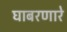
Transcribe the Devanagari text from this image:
घाबरणारे